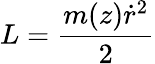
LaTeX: L=\frac{m(z)\dot{r}^{2}}{2}